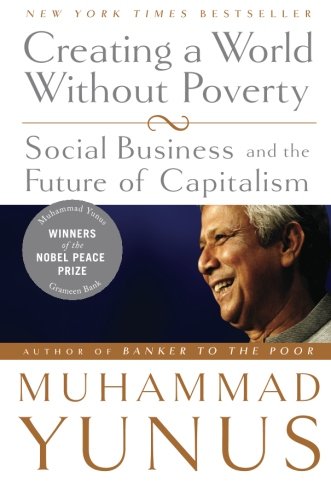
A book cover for Creating a World Without Poverty: Social Business and the Future of Capitalism; Muhammad Yunus; Business & Money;